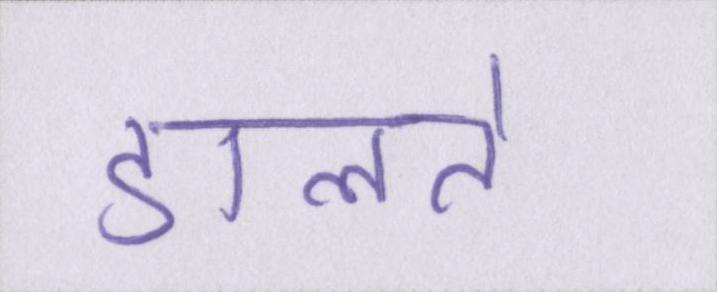
डालते